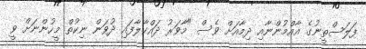
ފަލަސްތީނުގެ އާއްމުންނާއި ދިމާއަށް ވެސް "މާވަރު ދައްކާލާފައި ދުވަން ނިކުތް މީހުންނަށް ވީ